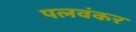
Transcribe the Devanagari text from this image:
पलवंकर